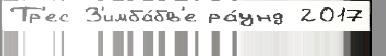
Тр'ес З'имба́бв'е ра́унд 2017